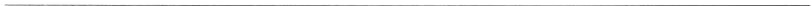
___